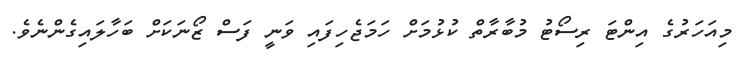
މިއަހަރުގެ އިންޓަ ރިސޯޓު މުބާރާތް ކުޅުމަށް ހަމަޖެހިފައި ވަނީ ފަސް ޒޯނަކަށް ބަހާލައިގެންނެވެ.